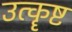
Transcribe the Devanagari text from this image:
उत्कॄष्ट